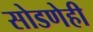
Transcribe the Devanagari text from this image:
सोडणेही